Insane asylums in Bengal annual reports 1876-1887 - 1876-1887
Year: 1876
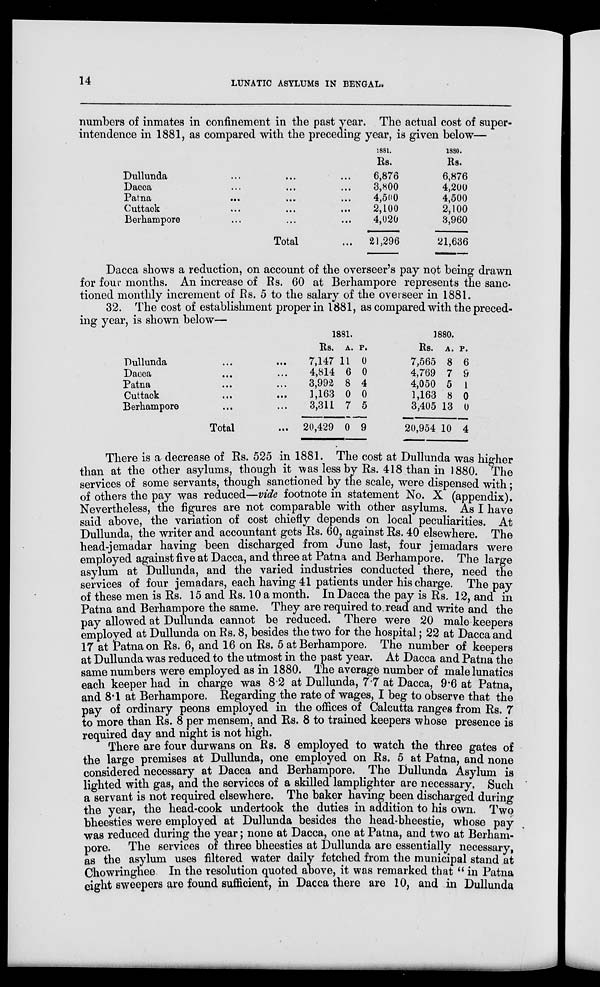
14
LUNATIC ASYLUMS IN BENGAL.
numbers of inmates in confinement in the past year. The actual cost of super-
intendence in 1881, as compared with the preceding year, is given below—
Dullunda ... ... ...
Dacca ... ... ...
Patna ... ... ...
Cuttack ... ... ...
Berhampore ... ... ...
Total ...
1881.
Rs.
6,876
3,800
4,500
2,100
4,020
21,296
1880.
Rs.
6,876
4,200
4,500
2,100
3,960
21,636
Dacca shows a reduction, on account of the overseer's pay not being drawn
for four months. An increase of Rs. 60 at Berhampore represents the sanc-
tioned monthly increment of Rs. 5 to the salary of the overseer in 1881.
32. The cost of establishment proper in 1881, as compared with the preced-
ing year, is shown below—
Dullunda ... ...
Dacca ... ...
Patna ... ...
Cuttack ... ...
Berhampore ... ...
Total ...
1881.
Rs.
7,147
4,814
3,992
1,163
3,311
20,429
A.
11
6
8
0
7
0
P.
0
0
4
0
5
9
1880.
Rs.
7,565
4,769
4,050
1,163
3,405
20,954
A.
8
7
5
8
13
10
P.
6
9
1
0
0
4
There is a decrease of Rs. 525 in 1881. The cost at Dullunda was higher
than at the other asylums, though it was less by Rs. 418 than in 1880. The
services of some servants, though sanctioned by the scale, were dispensed with;
of others the pay was reduced—vide footnote in statement No. X (appendix).
Nevertheless, the figures are not comparable with other asylums. As I have
said above, the variation of cost chiefly depends on local peculiarities. At
Dullunda, the writer and accountant gets Rs. 60, against Rs. 40 elsewhere. The
head-jemadar having been discharged from June last, four jemadars were
employed against five at Dacca, and three at Patna and Berhampore. The large
asylum at Dullunda, and the varied industries conducted there, need the
services of four jemadars, each having 41 patients under his charge. The pay
of these men is Rs. 15 and Rs. 10 a month. In Dacca the pay is Rs. 12, and in
Patna and Berhampore the same. They are required to read and write and the
pay allowed at Dullunda cannot be reduced. There were 20 male keepers
employed at Dullunda on Rs. 8, besides the two for the hospital; 22 at Dacca and
17 at Patna on Rs. 6, and 16 on Rs. 5 at Berhampore. The number of keepers
at Dullunda was reduced to the utmost in the past year. At Dacca and Patna the
same numbers were employed as in 1880. The average number of male lunatics
each keeper had in charge was 8.2 at Dullunda, 7.7 at Dacca, 9.6 at Patna,
and 8.1 at Berhampore. Regarding the rate of wages, I beg to observe that the
pay of ordinary peons employed in the offices of Calcutta ranges from Rs. 7
to more than Rs. 8 per mensem, and Rs. 8 to trained keepers whose presence is
required day and night is not high.
There are four durwans on Rs. 8 employed to watch the three gates of
the large premises at Dullunda, one employed on Rs. 5 at Patna, and none
considered necessary at Dacca and Berhampore. The Dullunda Asylum is
lighted with gas, and the services of a skilled lamplighter are necessary. Such
a servant is not required elsewhere. The baker having been discharged during
the year, the head-cook undertook the duties in addition to his own. Two
bheesties were employed at Dullunda besides the head-bheestie, whose pay
was reduced during the year; none at Dacca, one at Patna, and two at Berham-
pore. The services of three bheesties at Dullunda are essentially necessary,
as the asylum uses filtered water daily fetched from the municipal stand at
Chowringhee In the resolution quoted above, it was remarked that " in Patna
eight sweepers are found sufficient, in Dacca there are 10, and in Dullunda